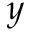
y